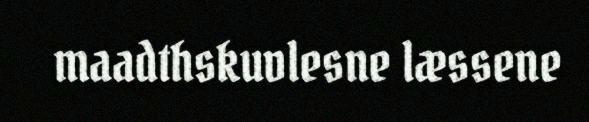
maadthskuvlesne læssene